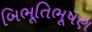
બિભૂતિભૂષણ